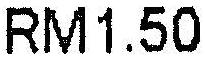
RM1.50